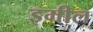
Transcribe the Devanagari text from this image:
इमील